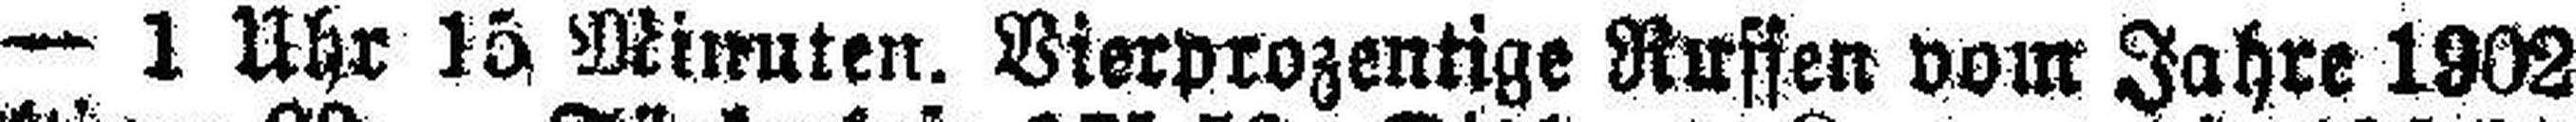
— 1 Uhr 15 Minuten. Vierprozentige Ruffen vom Jahre 1902